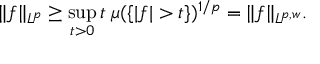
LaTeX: \| f \| _ { L ^ { p } } \geq \operatorname* { s u p } _ { t > 0 } t \; \mu ( \{ | f | > t \} ) ^ { 1 / p } = \| f \| _ { L ^ { p , w } } .